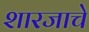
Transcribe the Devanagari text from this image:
शारजाचे